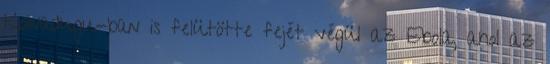
Koinadugu-ban is felütötte fejét végül az Ebola, ahol az